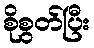
စိုစွတ်ပြီး